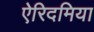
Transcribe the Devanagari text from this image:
ऐरिदमिया